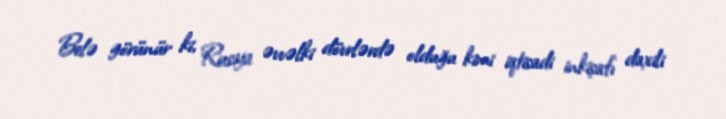
Belə görünür ki, Rusiya əvvəlki dövrlərdə olduğu kimi iqtisadi inkişafı daxili